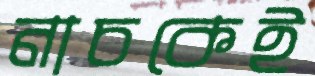
নাচকেই